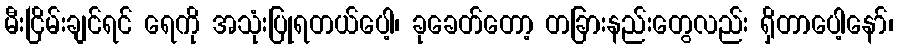
မီးငြိမ်းချင်ရင် ရေကို အသုံးပြုရတယ်ပေါ့၊ ခုခေတ်တော့ တခြားနည်းတွေလည်း ရှိတာပေါ့နော်၊